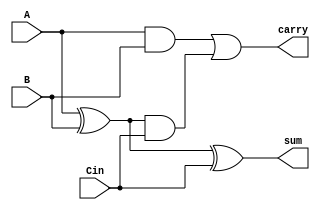
module fa (A,B,Cin,sum,carry);
    input wire A;
    input wire B;
    input wire Cin;
    output wire sum;
    output wire carry;

    wire s0;
    wire c1;
    wire c0;

    assign s0 = A^B;
    assign sum = s0^Cin;

    assign c0 = A&B;
    assign c1 = s0&Cin;
    assign carry = c0|c1;

endmodule